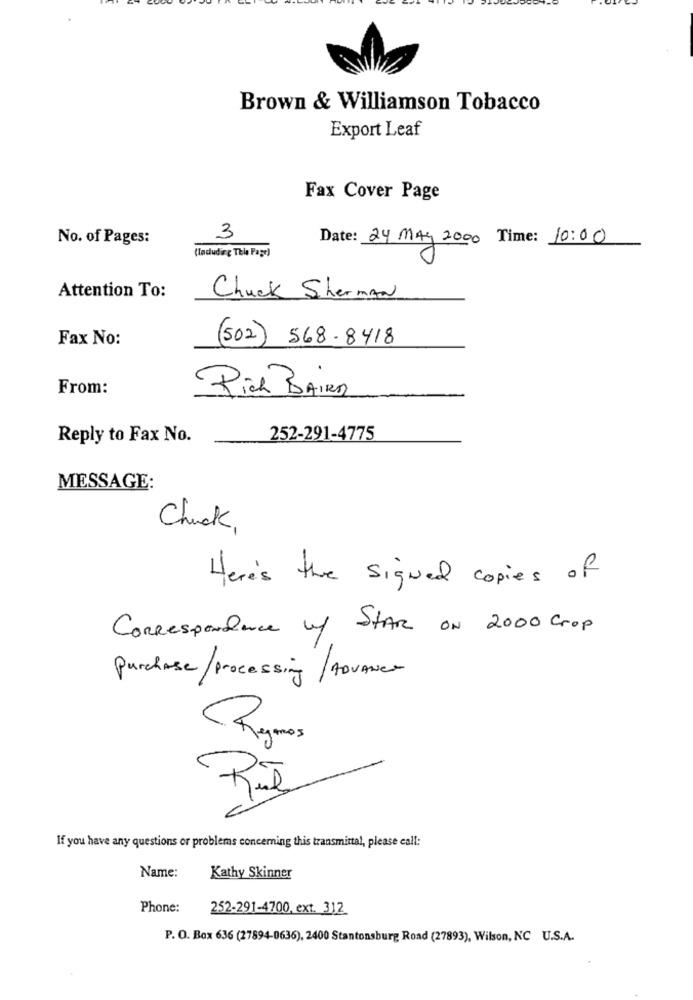
Brown & Williamson Tobacco
Export Leaf
Fax Cover Page
No. of Pages:
3
Date: 24 MAY 2000 Time: 10:00
(Indudirg This Page]
Attention To:
Chuck Sherman
Fax No:
(502) 568-8418
From:
Pich BAIRO
Reply to Fax No.
252-291-4775
MESSAGE:
Chuck,
Here's the signed copies of
Correspondance up STAR ON 2000 crop
Purchase/ processing / AouAner
Rymos
If you have any questions or problems concerning this transmittal, please call:
Name:
Kathy Skinner
Phone:
252-291-4700, ext. 312
P. O. Box 636 (27894-0636), 2400 Stantonsburg Road (27893), Wilson, NC U.S.A.